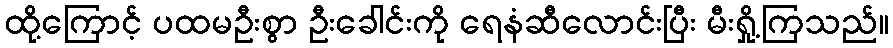
ထို့ကြောင့် ပထမဦးစွာ ဦးခေါင်းကို ရေနံဆီလောင်းပြီး မီးရှို့ကြသည်။